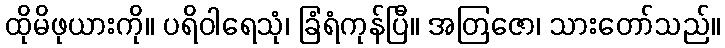
ထိုမိဖုယားကို။ ပရိဝါရေသုံ၊ ခြံရံကုန်ပြီ။ အတြဇော၊ သားတော်သည်။